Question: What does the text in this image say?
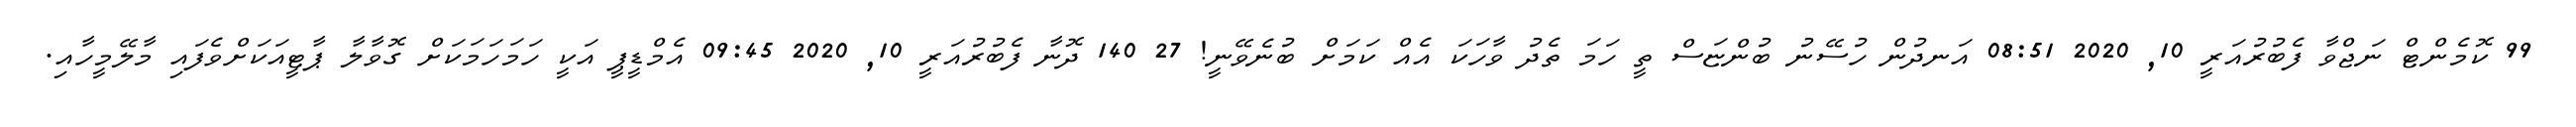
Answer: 99 ކޮމެންޓް ނަޖްވާ ފެބުރުއަރީ 10, 2020 08:51 އަނދުން ހުސޭނު ބުންޏަސް ތީ ހަމަ ތެދު ވާހަކަ އެއް ކަމަށް ބުނެވޭނީ! 27 140 ދޮނާ ފެބުރުއަރީ 10, 2020 09:45 އެމްޑީޕީ އަކީ ހަމަހަމަކަށް ގޮވާލާ ޕާޓީއަކަށްވެފައި މާލޭމީހާއި.